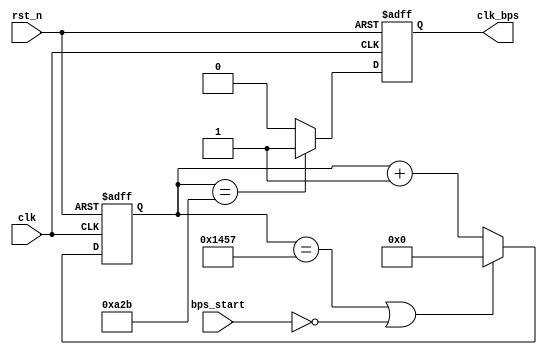
`timescale 1ns / 1ps
//////////////////////////////////////////////////////////////////////////////////
// Company: 
// Engineer: 
// 
// Design Name: 
// Module Name: speed_select_rx
// Project Name: 
// Target Devices: 
// Tool Versions: 
// Description: 
// 
// Dependencies: 
// 
// Revision:
// Revision 0.01 - File Created
// Additional Comments:
// 
//////////////////////////////////////////////////////////////////////////////////


module speed_select_rx(
    input clk,rst_n,bps_start,
    output clk_bps
    );
// `define BPS_PARA 5207;//9600
// `define BPS_PARA_2 2603;//
    reg[13:0] cnt;//
    reg clk_bps_r;//
    
    reg[2:0] uart_ctrl;//
    
    always @(posedge clk or negedge rst_n)
     if(!rst_n)
      cnt<=14'd0;
     else if((cnt==5207)|| !bps_start)//1
      cnt<=14'd0;
     else
      cnt<=cnt+1'b1;//
      
    always @(posedge clk or negedge rst_n) begin
     if(!rst_n)
      clk_bps_r<=1'b0;
     else if(cnt==2603)//,
      clk_bps_r<=1'b1;
     else
      clk_bps_r<=1'b0;
    end
    assign clk_bps = clk_bps_r;//uart_rx
endmodule